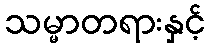
သမ္မာတရားနှင့်